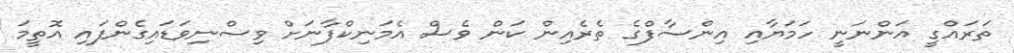
ތަރައްގީ އަންނަނީ ހަމަޔާއި އިންސާފްގެ ތެރެއިން ކަން ވެސް އެމަނިކްފާނަށް ވިސްނިވަޑައިގެންފައި އޮތީމަ